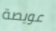
عويصة